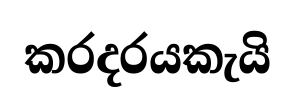
කරදරයකැයි